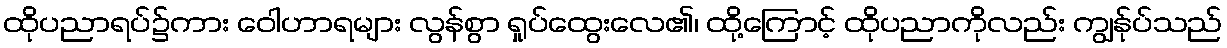
ထိုပညာရပ်၌ကား ဝေါဟာရများ လွန်စွာ ရှုပ်ထွေးလေ၏၊ ထို့ကြောင့် ထိုပညာကိုလည်း ကျွန်ုပ်သည်